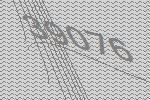
39076